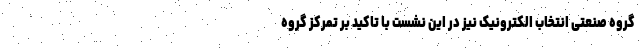
گروه صنعتی انتخاب الکترونیک نیز در این نشست با تاکید بر تمرکز گروه